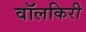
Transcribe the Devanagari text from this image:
वॉलकिरी